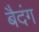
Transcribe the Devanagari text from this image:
बैदंग